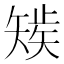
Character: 𰦚